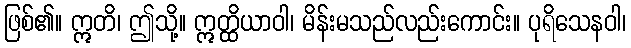
ဖြစ်၏။ ဣတိ၊ ဤသို့။ ဣတ္ထိယာဝါ၊ မိန်းမသည်လည်းကောင်း။ ပုရိသေနဝါ၊